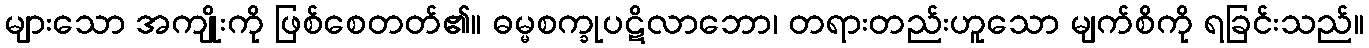
များသော အကျိုးကို ဖြစ်စေတတ်၏။ ဓမ္မစက္ခုပဋိလာဘော၊ တရားတည်းဟူသော မျက်စိကို ရခြင်းသည်။